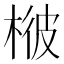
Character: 𣔓